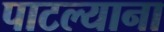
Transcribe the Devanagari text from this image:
पाटल्याना